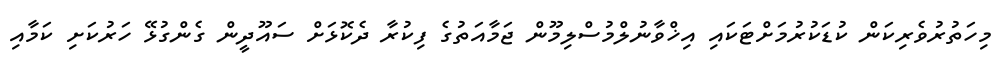
މިހަތުރުވެރިކަން ކުޑަކުރުމަށްޓަކައި އިޚްވާނުލްމުސްލިމޫން ޖަމާއަތުގެ ފިކުރާ ދެކޮޅަށް ސައޫދީން ގެންގުޅޭ ހަރުކަށި ކަމާއި